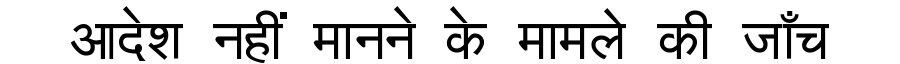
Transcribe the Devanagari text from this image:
आदेश नहीं मानने के मामले की जाँच